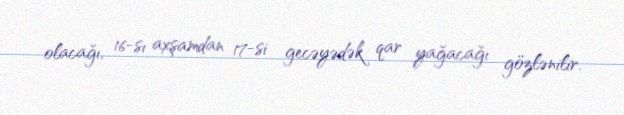
olacağı, 16-sı axşamdan 17-si gecəyədək qar yağacağı gözlənilir.